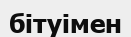
бітуімен